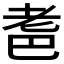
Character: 𱻪